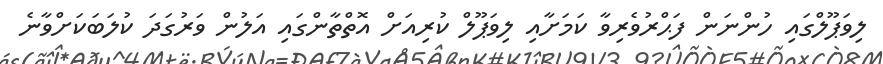
ލިވަޕޫލްގައި ހުންނަން ފަޙްރުވެރިވާ ކަމަށާއި ލިވަޕޫލް ކުރިއަށް އޮތްތާންގައި އަލުން ވަރުގަދަ ކުލަބަކަށްވާނެ